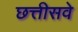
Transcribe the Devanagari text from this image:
छत्तीसवे